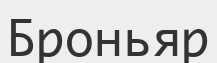
Броньяр